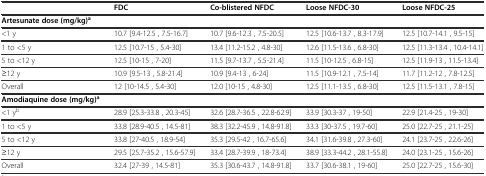
<table><thead><tr><td></td><td><b>FDC</b></td><td><b>Co-blistered NFDC</b></td><td><b>Loose NFDC-30</b></td><td><b>Loose NFDC-25</b></td></tr></thead><tbody><tr><td><b>Artesunate dose (mg/kg)</b><sup><b>a</b></sup></td><td></td><td></td><td></td><td></td></tr><tr><td>&lt;1 y</td><td>10.7 [9.4-12.5 , 7.5-16.7]</td><td>10.7 [9.6-12.3 , 7.5-20.5]</td><td>12.5 [10.6-13.7 , 8.3-17.9]</td><td>12.5 [10.7-14.1 , 9.5-15]</td></tr><tr><td>1 to &lt;5 y</td><td>12.5 [10.7-15 , 5.4-30]</td><td>13.4 [11.2-15.2 , 4.8-30]</td><td>12.6 [11.5-13.6 , 6.8-30]</td><td>12.5 [11.3-13.4 , 10.4-14.1]</td></tr><tr><td>5 to &lt;12 y</td><td>12.5 [10-15 , 7-20]</td><td>11.5 [9.7-13.7 , 5.5-21.4]</td><td>11.5 [10-12.5 , 6.8-15]</td><td>12.5 [11.9-13 , 11.5-13.4]</td></tr><tr><td>≥12 y</td><td>10.9 [9.5-13 , 5.8-21.4]</td><td>10.9 [9.4-13 , 6-24]</td><td>11.5 [10.9-12.1 , 7.5-14]</td><td>11.7 [11.2-12 , 7.8-12.5]</td></tr><tr><td>Overall</td><td>12 [10-14.5 , 5.4-30]</td><td>12.0 [10-15 , 4.8-30]</td><td>12.5 [11.1-13.5 , 6.8-30]</td><td>12.5 [11.5-13.1 , 7.8-15]</td></tr><tr><td><b>Amodiaquine dose (mg/kg)</b><sup><b>a</b></sup></td><td></td><td></td><td></td><td></td></tr><tr><td>&lt;1 y<sup>b</sup></td><td>28.9 [25.3-33.8 , 20.3-45]</td><td>32.6 [28.7-36.5 , 22.8-62.9]</td><td>33.9 [30.3-37 , 19-50]</td><td>22.9 [21.4-25 , 19-30]</td></tr><tr><td>1 to &lt;5 y</td><td>33.8 [28.9-40.5 , 14.5-81]</td><td>38.3 [32.2-45.9 , 14.8-91.8]</td><td>33.3 [30-37.5 , 19.7-60]</td><td>25.0 [22.7-25 , 21.1-25]</td></tr><tr><td>5 to &lt;12 y</td><td>33.8 [27-40.5 , 18.9-54]</td><td>35.3 [29.5-42 , 16.7-65.6]</td><td>34.1 [31.6-39.8 , 27.3-60]</td><td>24.1 [23.7-25 , 22.6-26]</td></tr><tr><td>≥12 y</td><td>29.5 [25.7-35.2 , 15.6-57.9]</td><td>33.4 [28.7-39.9 , 18-73.4]</td><td>38.9 [33.3-44.2 , 28.1-55.8]</td><td>24.0 [23.1-25 , 15.6-26]</td></tr><tr><td>Overall</td><td>32.4 [27-39 , 14.5-81]</td><td>35.3 [30.6-43.7 , 14.8-91.8]</td><td>33.7 [30.6-38.1 , 19-60]</td><td>25.0 [22.7-25 , 15.6-30]</td></tr></tbody></table>